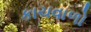
કાચવાળો